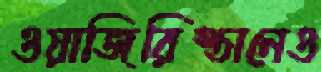
ওয়াজিরিস্তানেও